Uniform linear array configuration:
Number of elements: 12
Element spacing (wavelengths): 0.5
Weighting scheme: blackman
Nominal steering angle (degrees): -45
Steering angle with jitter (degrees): -45.566
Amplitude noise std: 0.05
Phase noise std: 0.05

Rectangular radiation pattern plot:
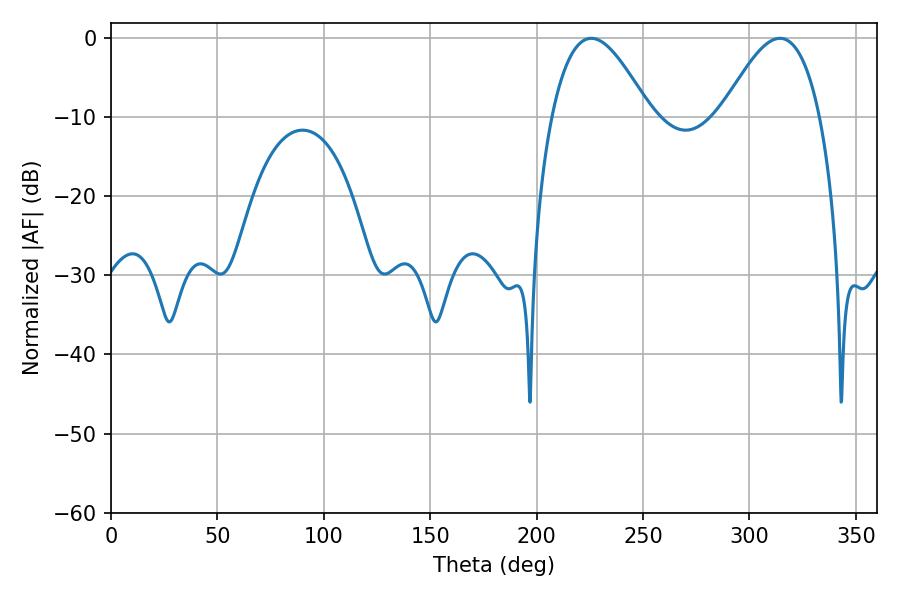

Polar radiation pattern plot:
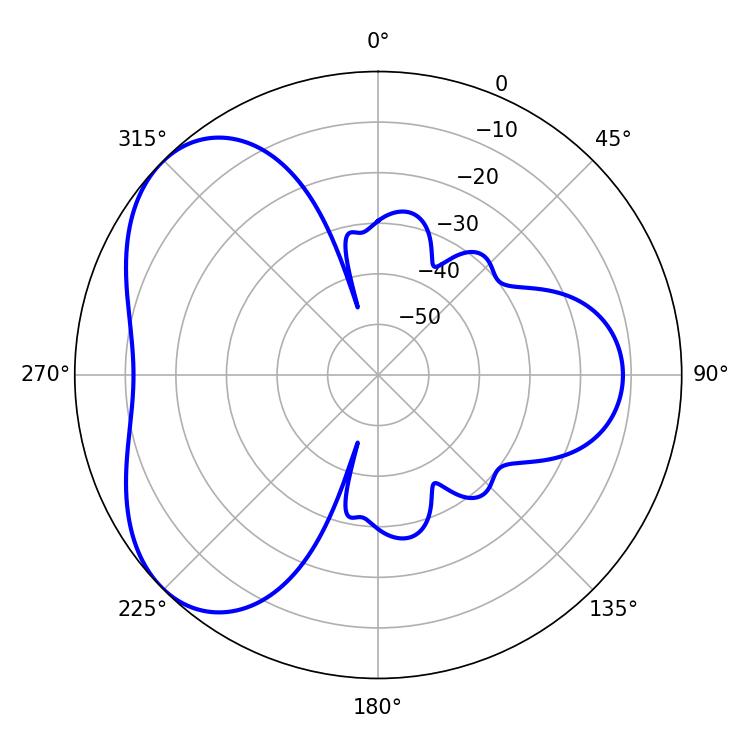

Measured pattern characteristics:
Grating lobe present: FALSE
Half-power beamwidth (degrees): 25.02
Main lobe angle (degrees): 225.72